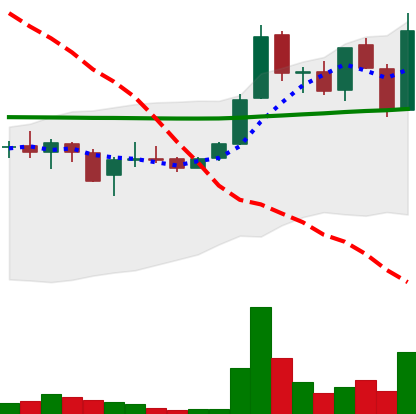
Ticker: LINK-USD
Chart end date: 2019-01-11
Forward return: 11.972%
Label: up_7plus